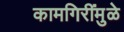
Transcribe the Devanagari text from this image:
कामगिरींमुळे